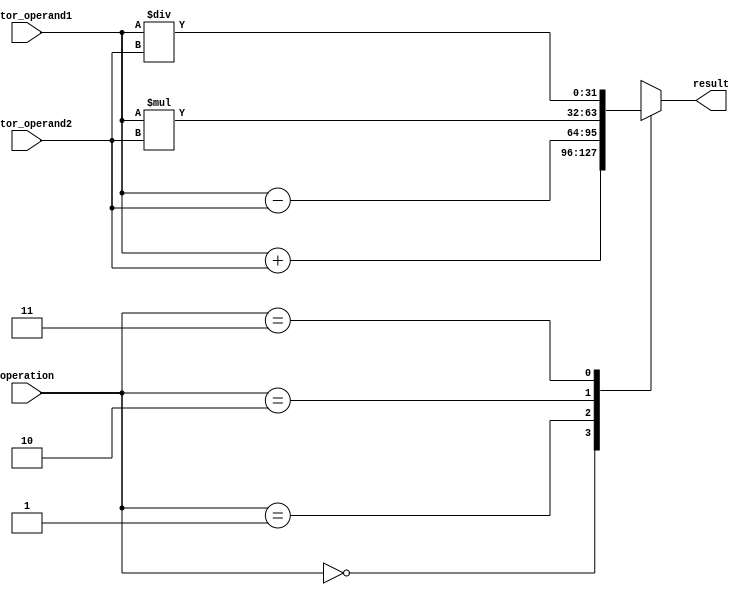
module Vector_ALU (
    input wire [31:0] vector_operand1,
    input wire [31:0] vector_operand2,
    input wire [1:0] operation,
    output wire [31:0] result
);

always @(*) begin
    case (operation)
        2'b00: result = vector_operand1 + vector_operand2; // Addition
        2'b01: result = vector_operand1 - vector_operand2; // Subtraction
        2'b10: result = vector_operand1 * vector_operand2; // Multiplication
        2'b11: result = vector_operand1 / vector_operand2; // Division
    endcase
end

endmodule